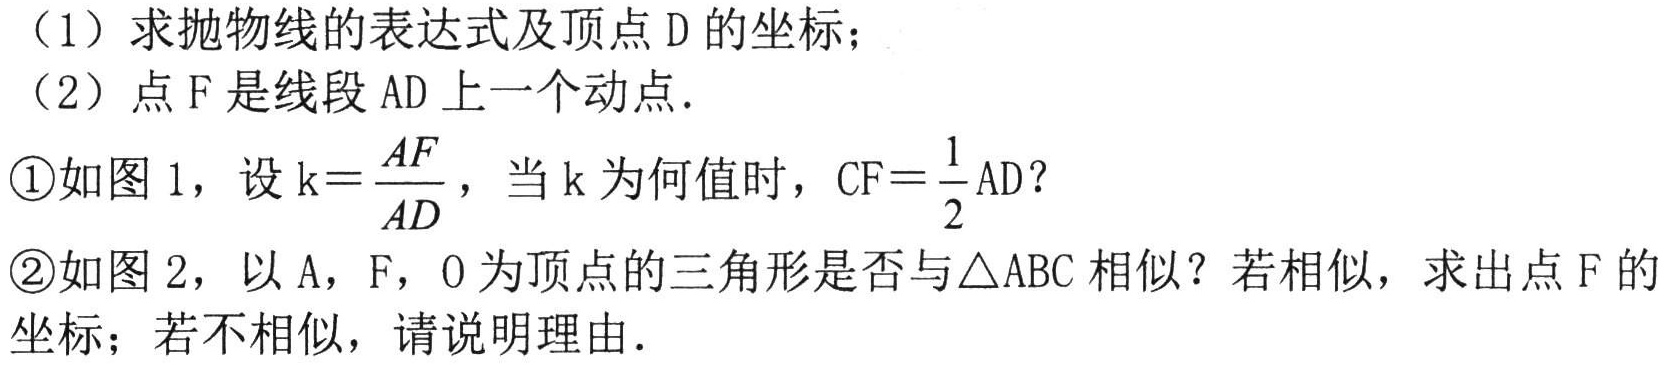
（1）求抛物线的表达式及顶点D的坐标；
（2）点F是线段AD上一个动点.
\textcircled{1}如图1，设\(k = \frac{AF}{AD}\)，当k为何值时，\(CF=\frac{1}{2}AD\)？
\textcircled{2}如图2，以A，F，O为顶点的三角形是否与\(\triangle ABC\)相似？若相似，求出点F的坐标；若不相似，请说明理由.